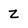
Character: Z